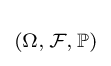
\scriptstyle (\Omega ,\,{\mathcal {F}},\,\mathbb {P} )